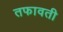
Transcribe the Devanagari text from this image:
तफावती